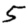
Digit: 5